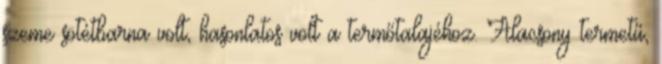
szeme sötétbarna volt, hasonlatos volt a termőtalajéhoz. Alacsony termetű,